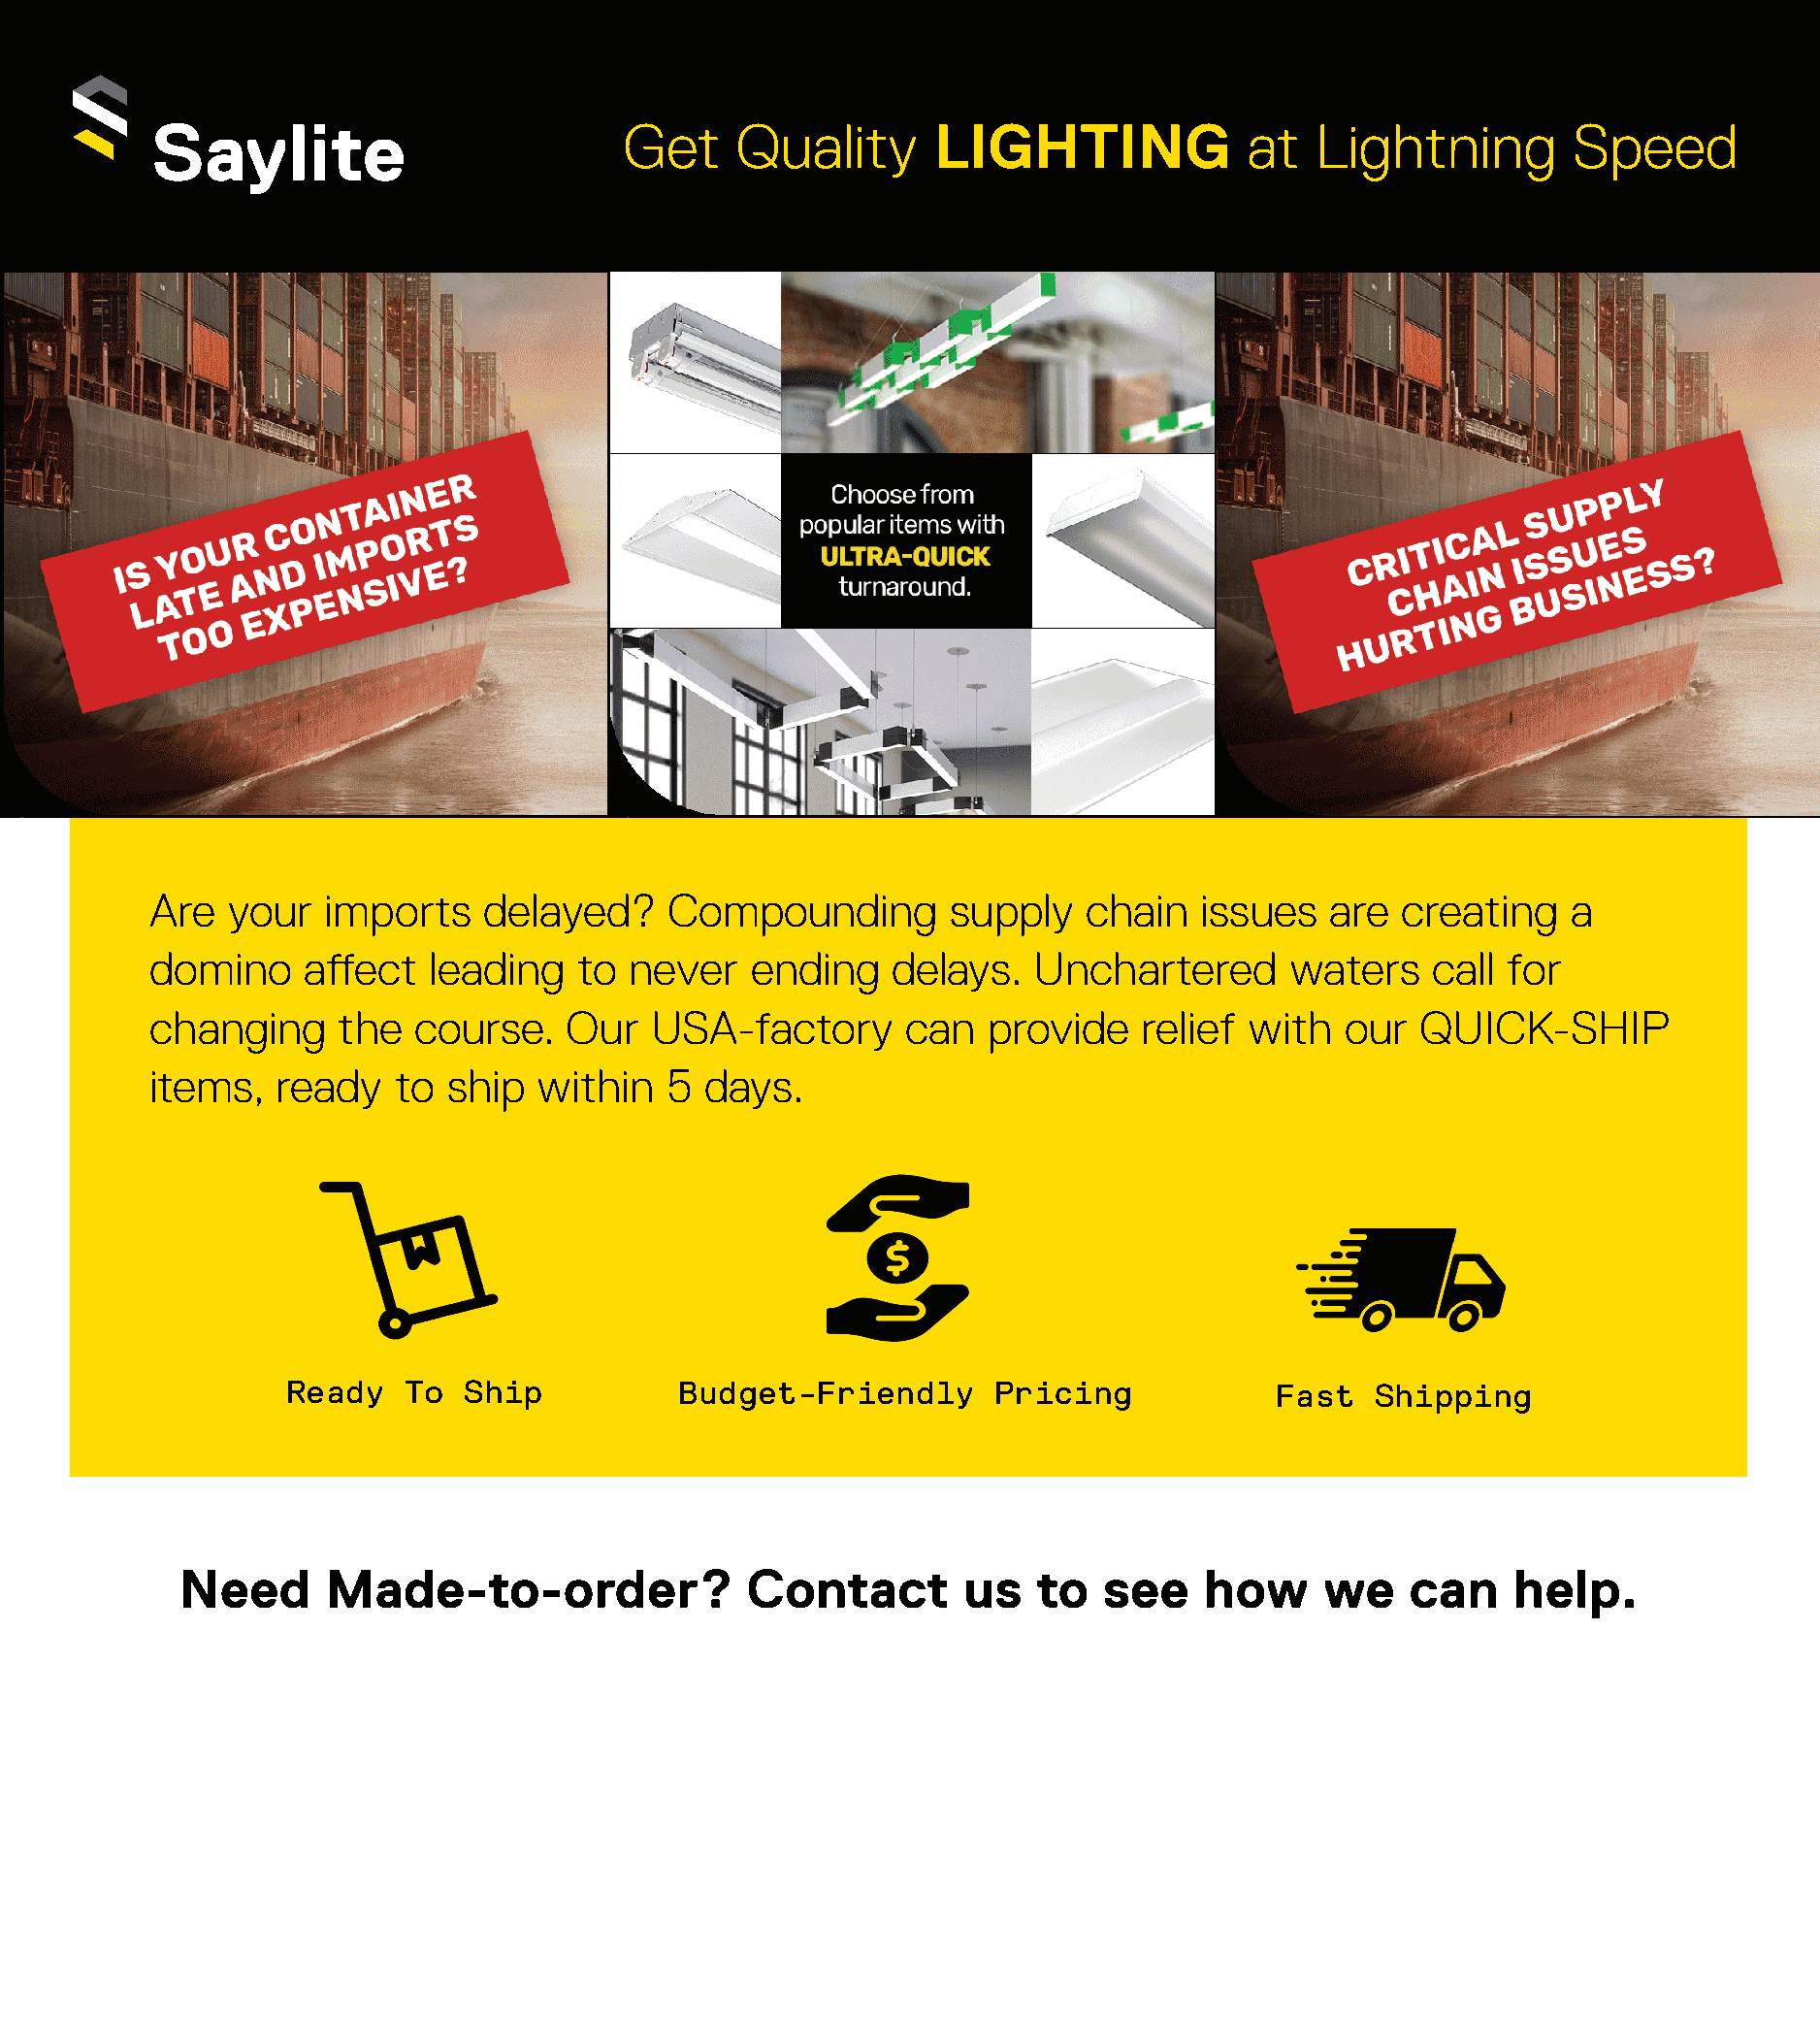
Get     Quality       LIGHTING             at   Lightning        Speed
 Are   your  imports    delayed?     Compounding        supply   chain   issues   are  creating   a
 domino     affect  leading   to  never   ending    delays.   Unchartered      waters    call for
 changing     the  course.    Our  USA-factory       can  provide    relief with   our  QUICK-SHIP
 items,   ready   to ship   within  5  days.
 Ready   To  Ship          Budget-Friendly       Pricing            Fast   Shipping
 Need      Made-to-order?               Contact        us   to  see    how     we    can    help.